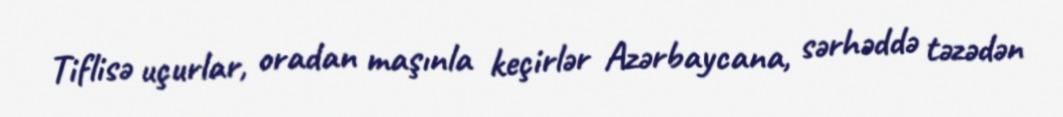
Tiflisə uçurlar, oradan maşınla keçirlər Azərbaycana, sərhəddə təzədən